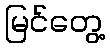
မြင်တွေ့